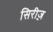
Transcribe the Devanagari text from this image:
सिरीज़़